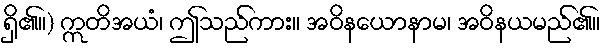
ရှိ၏။) ဣတိအယံ၊ ဤသည်ကား။ အဝိနယောနာမ၊ အဝိနယမည်၏။